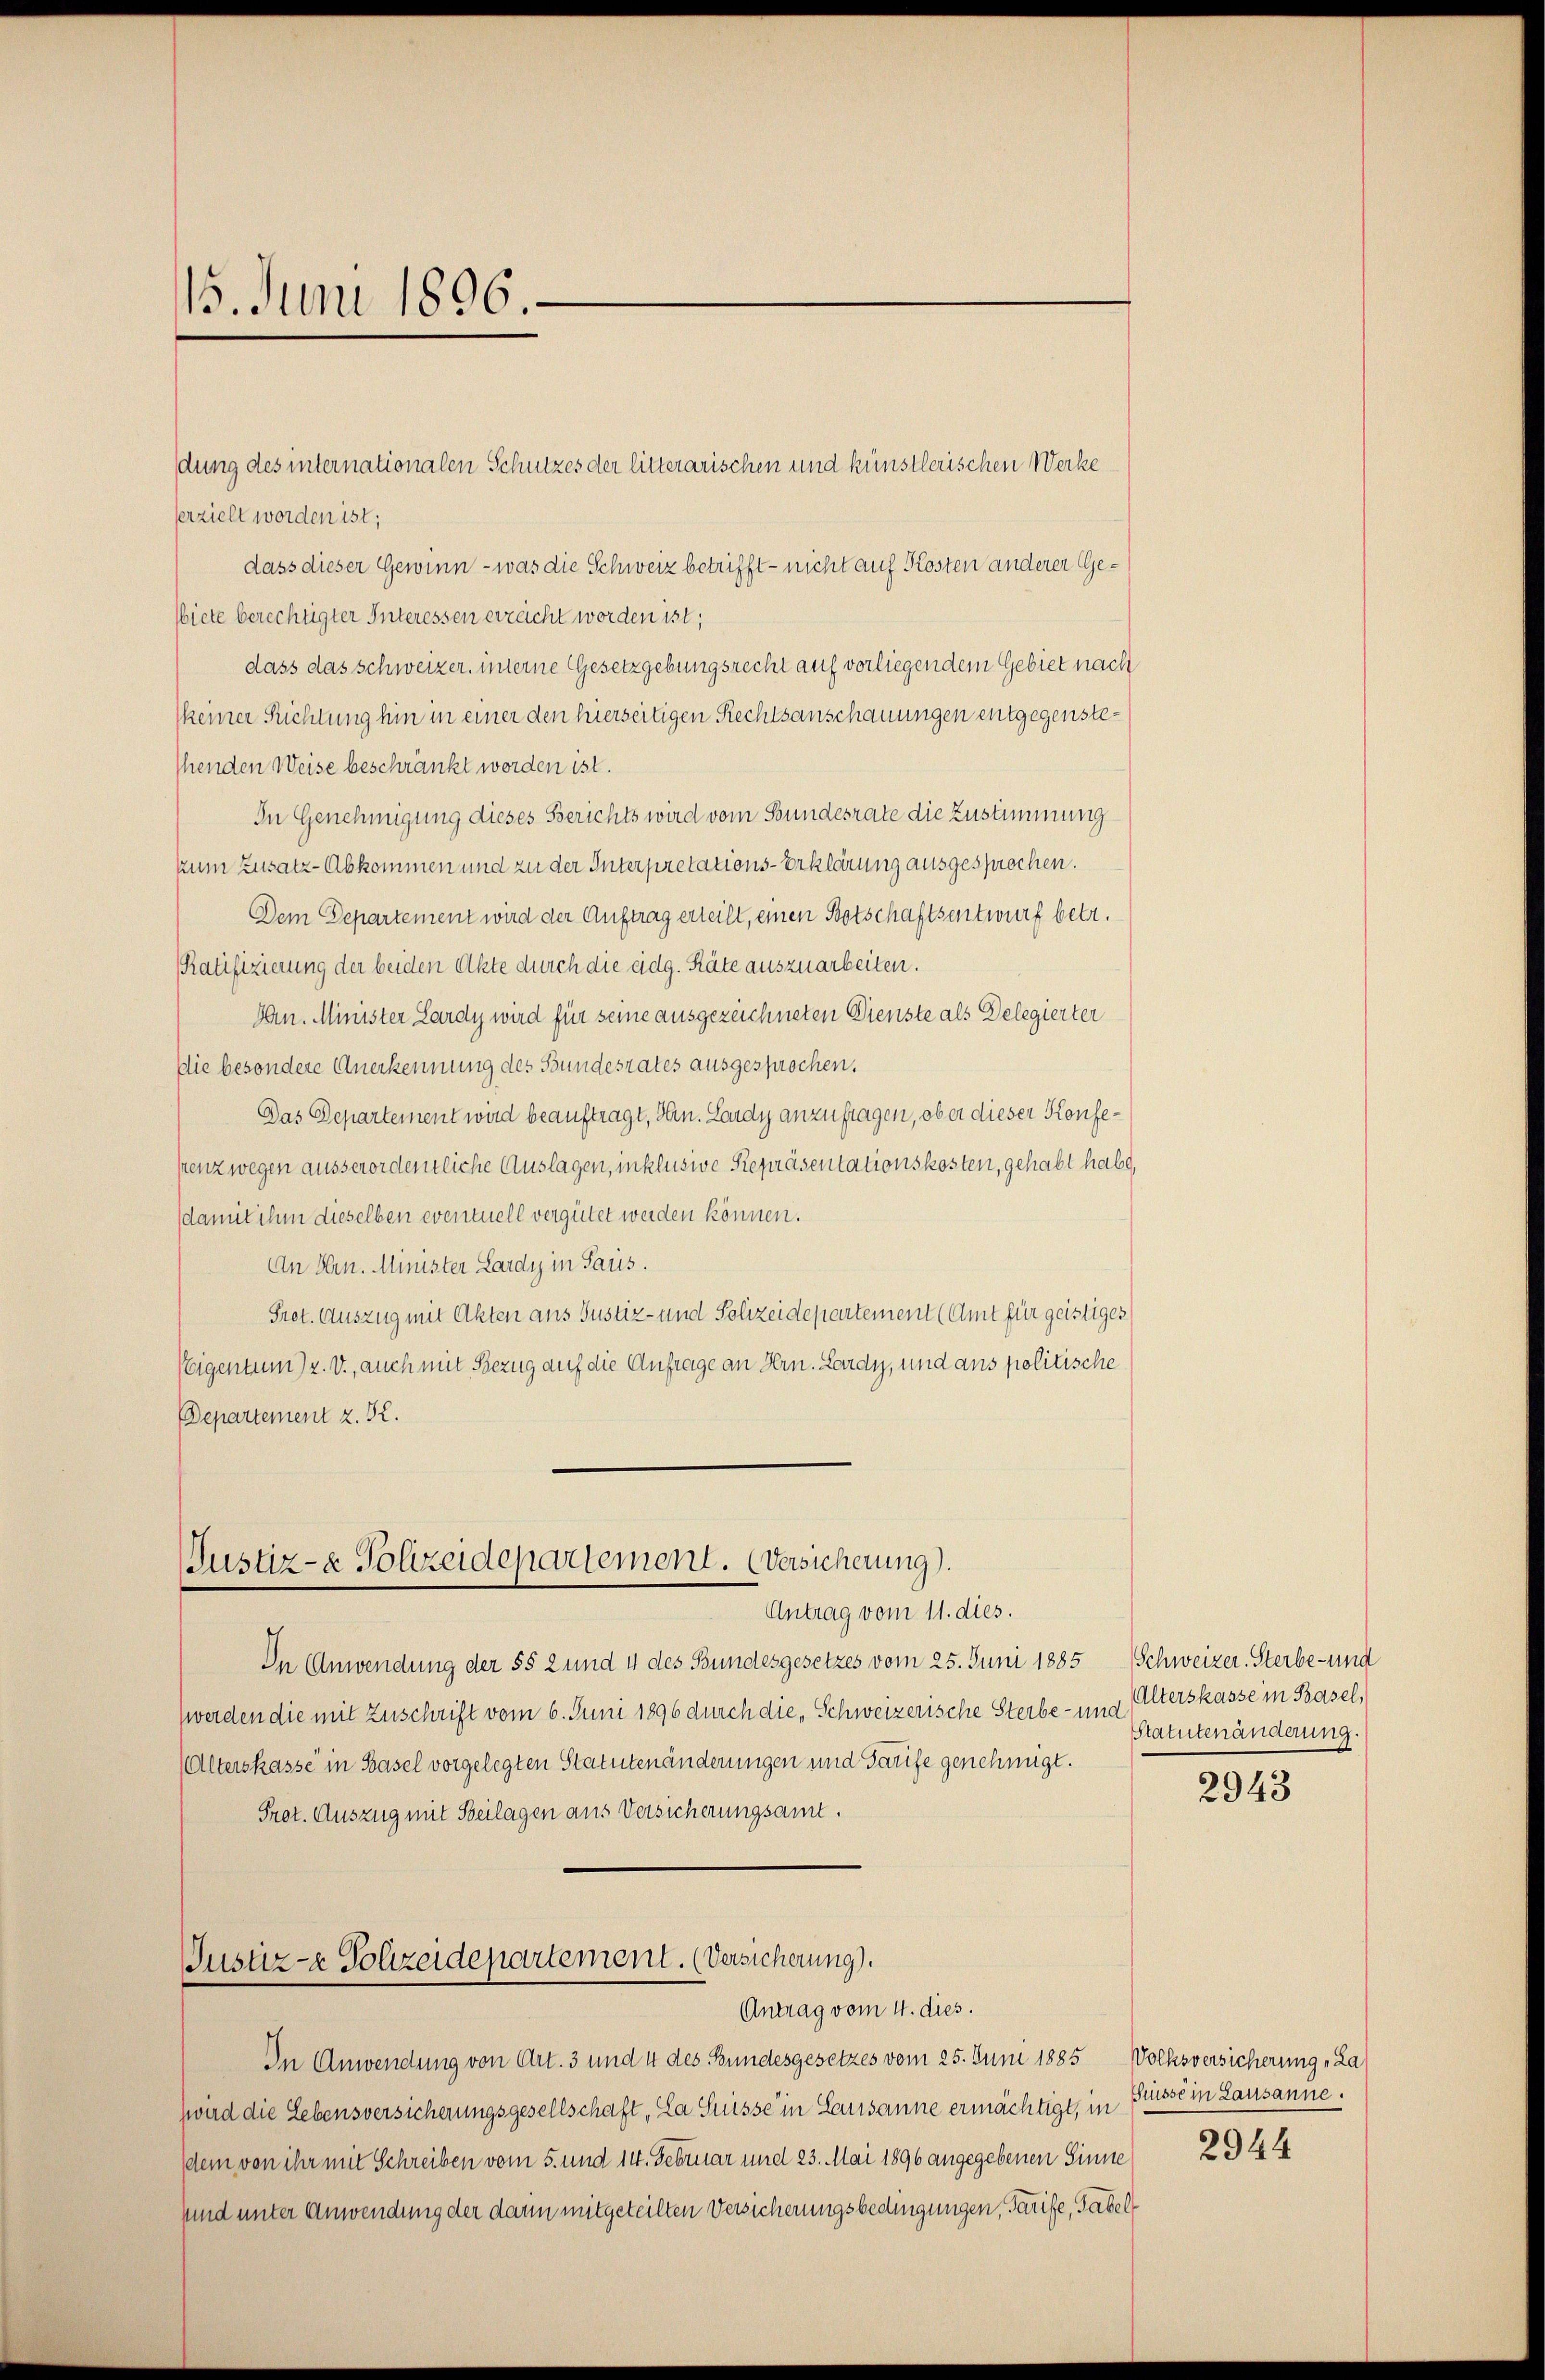
15. Juni 1896.

serzielt worden ist;
dass dieser Gewinn - was die Schweiz betrifft - nicht auf Kosten anderer Gebiete berechtigter Interessen errecht worden ist;
dass das schweizer, interne Gesetzgebungsrecht auf vorliegendem Gebiet nach
Meiner Richtung hin in einer den hierseitigen Rechtsanschauungen entgegenstethenden Weise beschränkt worden ist.
In Genehmigung dieses Berichts wird vom Bundesrate die Zustimmung
zum Zusatz-Abkommen und zu der Interpretations-Erklärung ausgesprochen.
Dem Departement wird der Auftrag erteilt, einen Botschaftsentwurf betr.
Ratifizierung der beiden Akte durch die eidg. Räte auszuarbeiten.
Gan. Minister Lardy wird für seine ausgezeichneten Dienste als Delegierter
die besondere Anerkennung des Bundesrates ausgesprochen.
Das Departement wird beauftragt, Hrn. Lardy anzufragen, ob er dieser Konferenz wegen äusserordentliche Auslagen, inklusive Repräsentationskosten, gehabt habe,
damit ihm dieselben eventuell vergütet werden können.
An Hrn. Minister Lardy in Paris.
Pret. Auszug mit Akten aus Justiz- und Polizeidepartement (Amt für geistiges
Weigentum). V., auch mit Bezug auf die Anfrage an Hrn. Lardy, und ans politische
Departement z. B.

dung des internationalen Schutzes der litterarischen und künstlerischen Werke

Justiz- & Polizeidepartement. Versicherung).
Antrag vom 11. dies.

In Anwendung der §§ 2 und 4 des Bundesgesetzes vom 25. Juni 1885
werden die mit Zuschrift vom 6. Juni 1896 durch die, Schweizerische Sterbe- u.
(Alterskasse in Basel vorgelegten Statutenänderungen und Tarife genehmigt.
Prot. Auszug mit Beilagen aus Versicherungsamt.

Justiz- & Polizeidepartement. (Versicherung).
Antrag vom 4. dies.

In Anwendung von Art. 3 und 4 des Bundesgesetzes vom 25. Juni 1885 Volksversicherung La
wird die Lebensversicherungsgesellschaft, La Suisse in Causanne ermächtigt, in
dem von ihr mit Schreiben vom 5. und 14. Februar und 23. Mai 1896 angegebenen Sinne
sund unter Anwendung der dann mitgeteilten Versicherungsbedingungen, Tarife, Tabel

Schweizer. Sterbe- und
nd Alterskasse in Basel,
Statutenänderung.

2943

Sisse in Lausanne.
2944